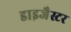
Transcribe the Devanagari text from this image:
डाइजैस्टर